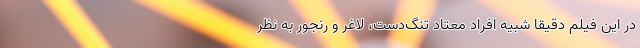
در این فیلم دقیقاً شبیه افراد معتاد تنگ‌دست، لاغر و رنجور به نظر